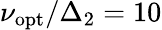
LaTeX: \nu_{\mathrm{opt}}/\Delta_{2}=10